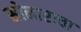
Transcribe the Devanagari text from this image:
सोनाराचा